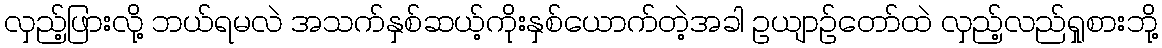
လှည့်ဖြားလို့ ဘယ်ရမလဲ အသက်နှစ်ဆယ့်ကိုးနှစ်ယောက်တဲ့အခါ ဥယျာဉ်တော်ထဲ လှည့်လည်ရှုစားဘို့